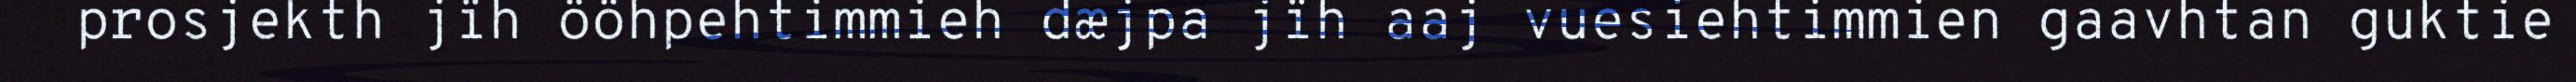
prosjekth jïh ööhpehtimmieh dæjpa jïh aaj vuesiehtimmien gaavhtan guktie